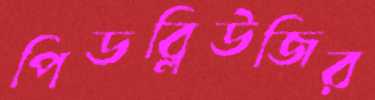
পিডব্লিউজির